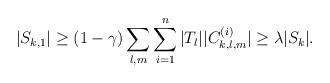
LaTeX: \begin{align*}|S_{k,1} |\geq (1-\gamma ) \sum_{l,m} \sum_{i=1}^n |T_l ||C_{k,l,m}^{(i)}|\geq \lambda |S_k | .\end{align*}